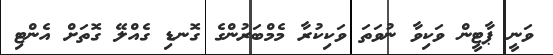
ވަނީ ޕާޓީން ވަކިވާ ނުވަތަ ވަކިކުރާ މެމްބަރުންގެ ގޮނޑި ގެއްލޭ ގޮތަށް އެންޓި